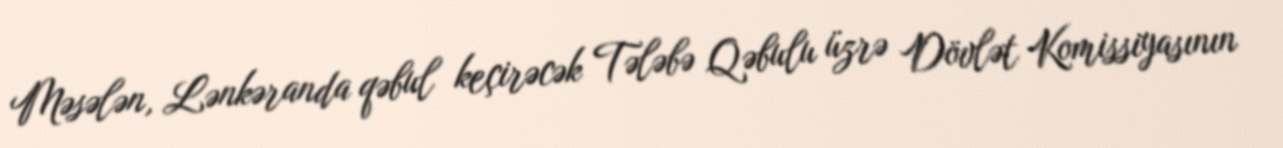
Məsələn, Lənkəranda qəbul keçirəcək Tələbə Qəbulu üzrə Dövlət Komissiyasının